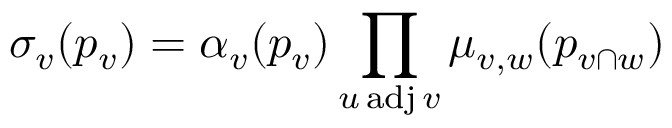
\sigma _ { v } ( p _ { v } ) = \alpha _ { v } ( p _ { v } ) \prod _ { u \operatorname { a d j } v } \mu _ { v , w } ( p _ { v \cap w } )